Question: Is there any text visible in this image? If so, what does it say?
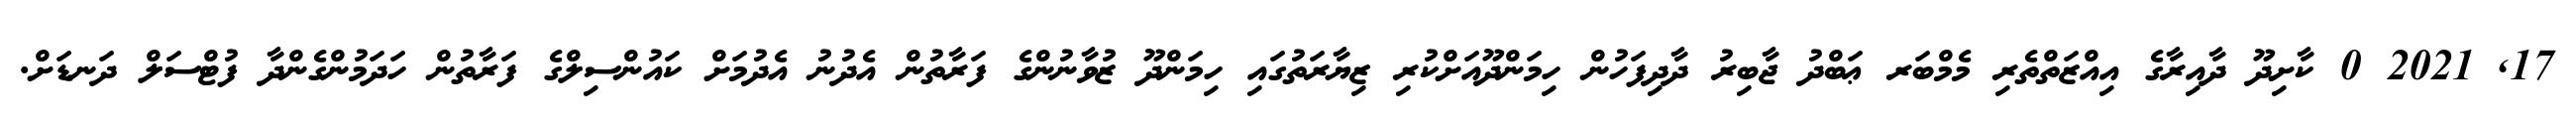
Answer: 17, 2021 0 ކާށިދޫ ދާއިރާގެ އިއްޒަތްތެރި މެމްބަރ ޢަބްދު ޖާބިރު ދާދިފަހުން ހިމަންދޫއަށްކުރި ޒިޔާރަތުގައި ހިމަންދޫ ޒުވާނުންގެ ފަރާތުން އެދުނު އެދުމަށް ކައުންސިލްގެ ފަރާތުން ހަދަމުންގެންދާ ފުޓްސަލް ދަނޑަށް.